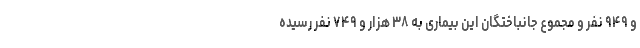
و ۹۴۹ نفر و مجموع جانباختگان این بیماری به ۳۸ هزار و ۷۴۹ نفر رسیده